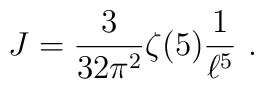
J = {3\over 32\pi^2} \zeta(5) {1\over \ell^5} \ .